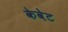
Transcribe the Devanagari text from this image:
केवेट